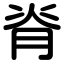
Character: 脊